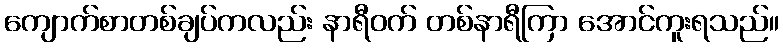
ကျောက်စာတစ်ချပ်ကလည်း နာရီဝက် တစ်နာရီကြာ အောင်ကူးရသည်။